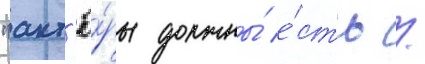
"акт'ё́ры должны́ е́сть /